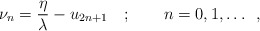
\begin{align*}\nu _{n}=\frac{\eta }{\lambda }-u_{2n+1}\quad ;\qquad n=0,1,\dots \, \, \, ,\end{align*}